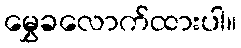
မွှေခလောက်ထားပါ။